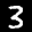
Digit: 3